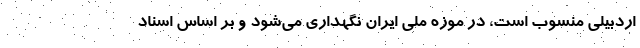
اردبیلی منسوب است، در موزه ملی ایران نگهداری می‌شود و بر اساس اسناد